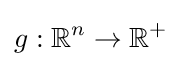
g:\mathbb {R} ^{n}\to \mathbb {R} ^{+}